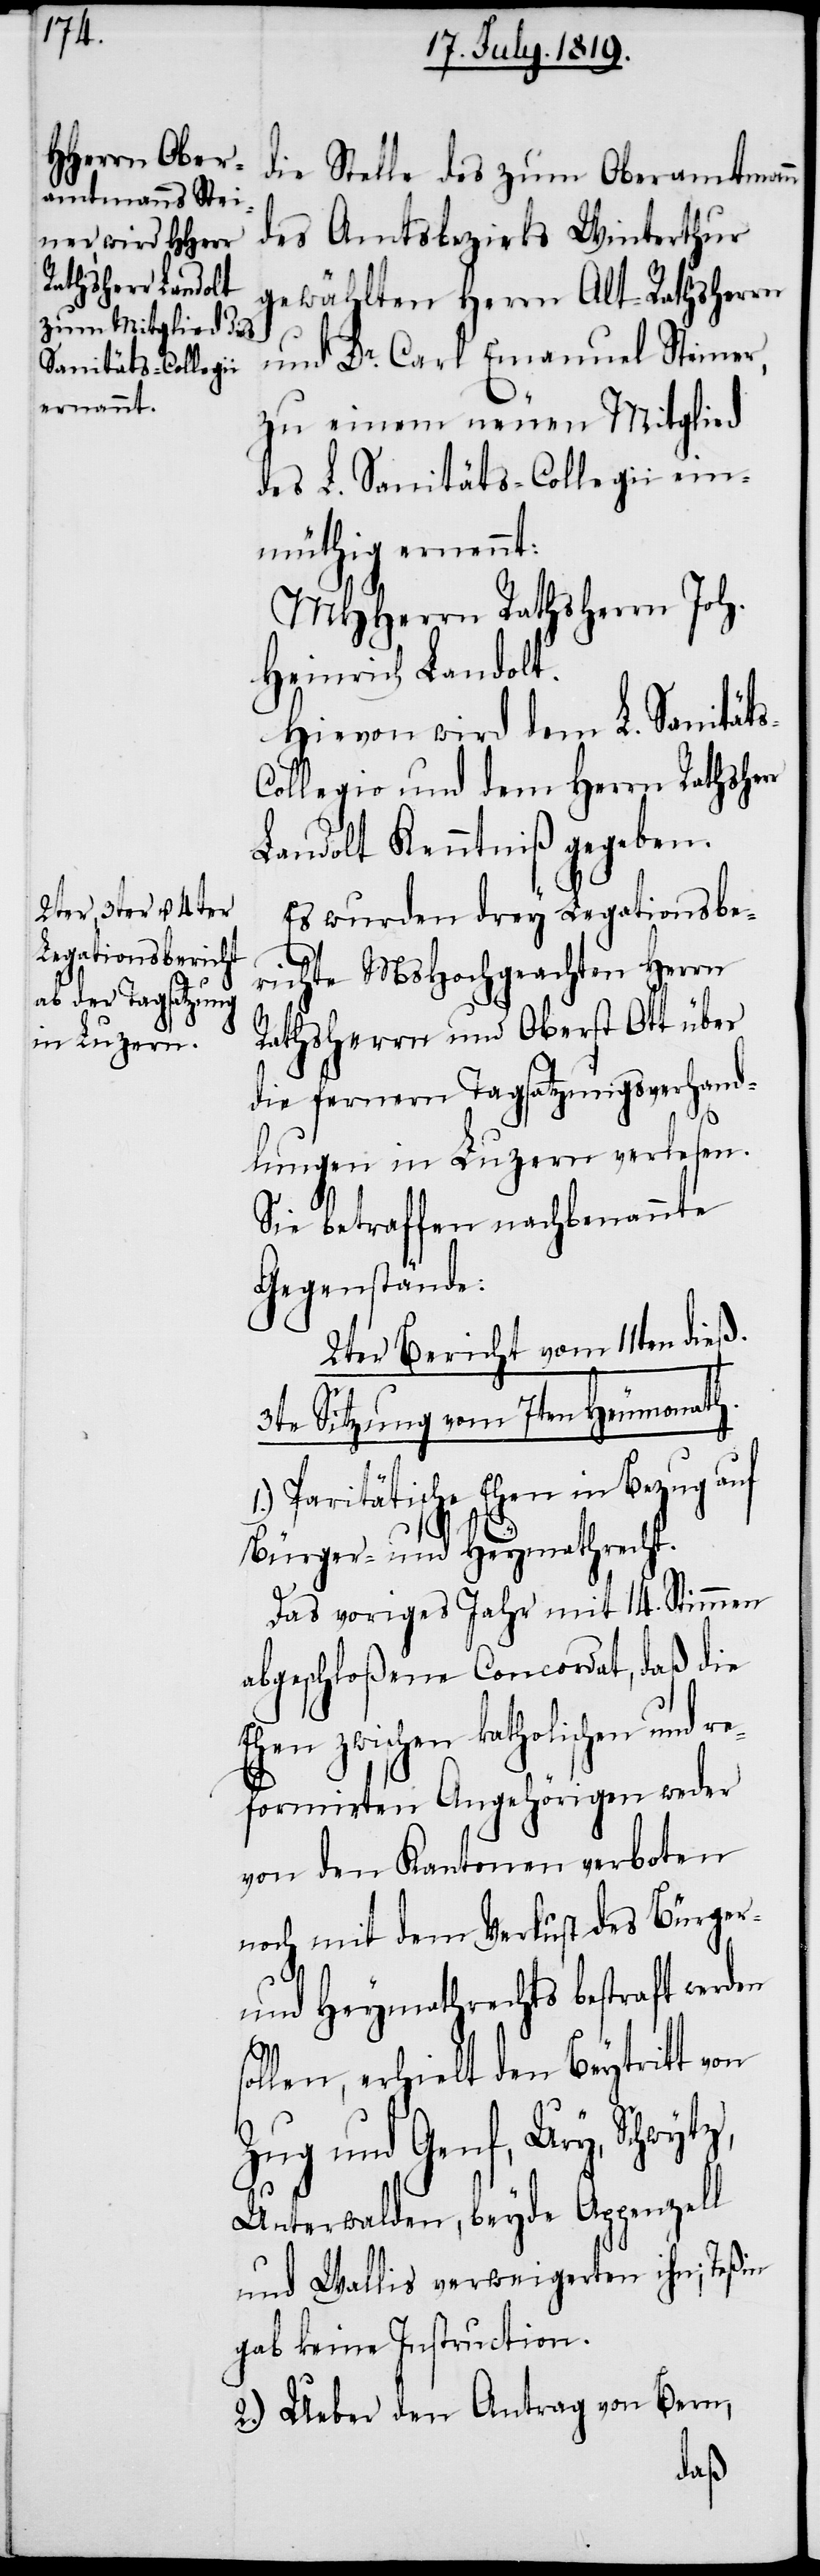
s-C¬
des Amtsbezirks Winterthur
gewählten Herrn Alt-Rathsherrn
und Dr. Carl Emanuel Steiner,
zu einem neuen Mitglied
des L. Sanitäts-Collegii ein¬
müthig ernennt:
MHHerrn Rathsherrn Joh.
Heinrich Landolt.
Hievon wird dem L. Sanität¬
ollegio und dem Herrn Rathsherr
Landolt Kenntniß gegeben.
Es wurden drey Legationsbe¬
richte MsHochgeachten Herrn
Rathsherrn und Oberst Ott über
die fernern Tagsatzungsverhand¬
lungen in Luzern verlesen.
Sie betraffen nachbenannte
Gegenstände:
2ter Bericht vom 22ten dieß.
3te Sitzung vom 7ten Heumonath.
Paritätische Ehen in Bezug auf
Bürger- und Heymathrecht.
Das voriges Jahr mit 14. Stimmen
abgeschloßene Concordat, daß die
zwischen katholischen und
reformirten Angehörigen weder
von den Kantonen verboten
noch mit dem Verlust des Bürger-
und Heymathrechts bestraft werden
sollen, erhielt den Beytritt von
Zug und Genf, Ury,
Unterwalden, beyde Appenzell
und Wallis verweigerten ihn; Teßin
gab keine Instruction.
2.) Ueber den Antrag von Bern,
des